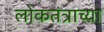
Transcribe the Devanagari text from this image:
लोकतंत्राच्या